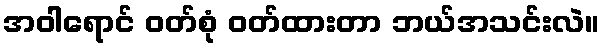
အဝါရောင် ဝတ်စုံ ဝတ်ထားတာ ဘယ်အသင်းလဲ။